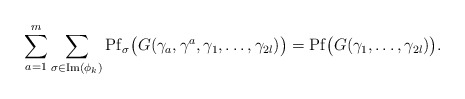
\begin{align*}\sum_{a=1}^{m}\sum_{\sigma\in \mathrm{Im}(\phi_k)}\mathrm{Pf}_{\sigma}\big(G(\gamma_a,\gamma^a,\gamma_1,\dots,\gamma_{2l})\big)= \mathrm{Pf}\big(G(\gamma_1,\dots,\gamma_{2l})\big).\end{align*}